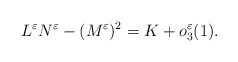
\begin{align*}L^\varepsilon N^\varepsilon-(M^\varepsilon)^2=K+o_3^\varepsilon(1).\end{align*}